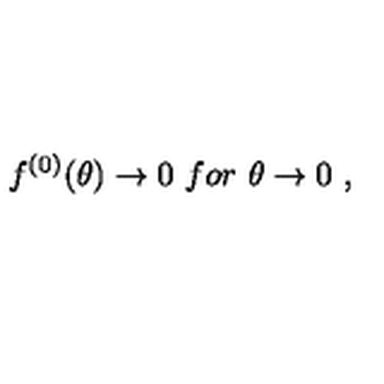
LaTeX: f ^ { ( 0 ) } ( \theta ) \to 0 \ f o r \ \theta \to 0 \ ,